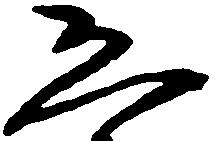
恐